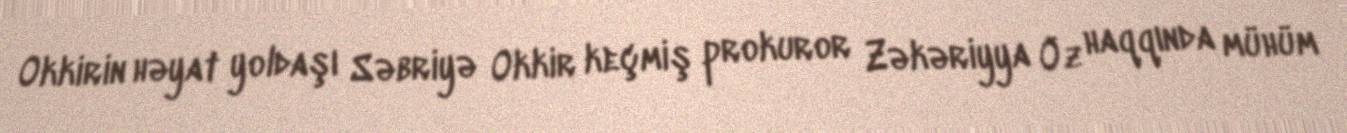
Okkirin həyat yoldaşı Səbriyə Okkir keçmiş prokuror Zəkəriyya Öz haqqında mühüm